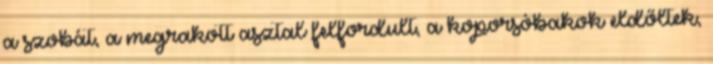
a szobát, a megrakott asztal felfordult, a koporsóbakok eldőltek,